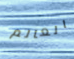
العالم